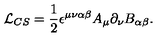
{ \cal L } _ { C S } = \frac { 1 } { 2 } \epsilon ^ { \mu \nu \alpha \beta } A _ { \mu } \partial _ { \nu } B _ { \alpha \beta } .